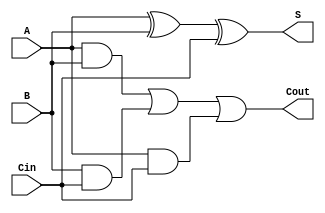
module async_full_adder (
    input wire A,      // First input operand
    input wire B,      // Second input operand
    input wire Cin,    // Carry-in input
    output wire S,     // Sum output
    output wire Cout    // Carry-out output
);

// Intermediate signals
wire AxorB;          // A XOR B
wire AxorBxorCin;    // (A XOR B) XOR Cin
wire AB;             // A AND B
wire BCin;          // B AND Cin
wire ACin;          // A AND Cin

// Logic for Sum output (S)
assign AxorB = A ^ B;            // A XOR B
assign S = AxorB ^ Cin;          // (A XOR B) XOR Cin

// Logic for Carry output (Cout)
assign AB = A & B;               // A AND B
assign BCin = B & Cin;           // B AND Cin
assign ACin = A & Cin;           // A AND Cin
assign Cout = AB | BCin | ACin;  // (A AND B) OR (B AND Cin) OR (A AND Cin)

endmodule